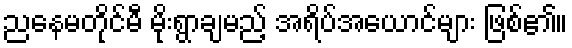
ညနေမတိုင်မီ မိုးရွာချမည့် အရိပ်အယောင်များ ဖြစ်၏။